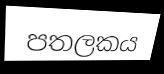
පතලකය